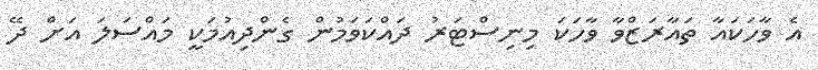
އެ ވާހަކައާ ތައާރަޒްވާ ވާހަކަ މިނިސްޓަރު ދައްކަވަމުން ގެންދިއުމަކީ މައްސަލަ އަށް ދޭ